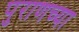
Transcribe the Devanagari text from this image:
पुराणच्या